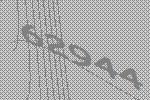
62944